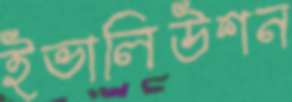
ইভালিউশন